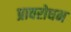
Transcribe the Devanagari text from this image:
प्रावरोधन